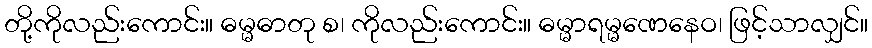
တို့ကိုလည်းကောင်း။ ဓမ္မဓာတု စ၊ ကိုလည်းကောင်း။ ဓမ္မာရမ္မဏေနေဝ၊ ဖြင့်သာလျှင်။